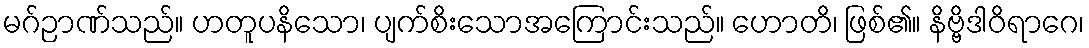
မဂ်ဉာဏ်သည်။ ဟတူပနိသော၊ ပျက်စိးသောအကြောင်းသည်။ ဟောတိ၊ ဖြစ်၏။ နိဗ္ဗိဒါဝိရာဂေ၊